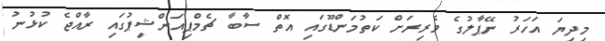
މިދިޔަ އަހަރު ނޭޕާލުގެ ވެރިރަށް ކަތުމަންޑޫގައި އޮތް ސާބާ ޗެމްޕިއަންޝިޕުގައި ރާއްޖެ ކުޅުނު